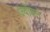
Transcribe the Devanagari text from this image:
ज्वॉयन